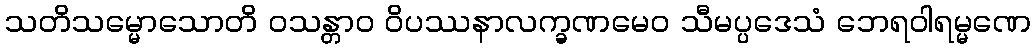
သတိသမ္မောသောတိ ဝသန္တာဝ ဝိပဿနာလက္ခဏမေဝ သီမပ္ပဒေသံ ဘေရဝါရမ္မဏေ